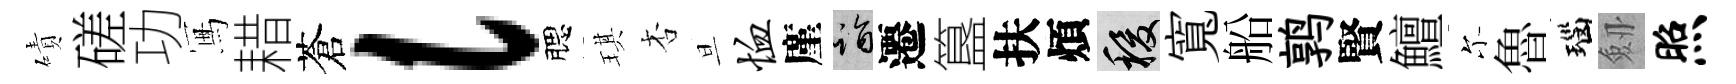
磧磋功冩耤蒼l腮琪杏旦恤廑诣遷簋扶煩稷寬船鹑賢鱣尓魯瑙劔照